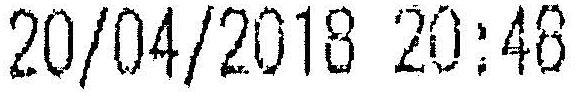
20/04/2018 20:48